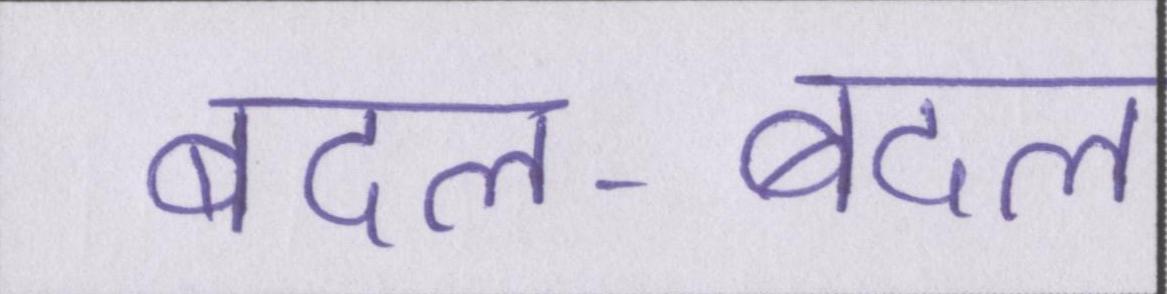
बदल-बदल